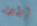
إرادته